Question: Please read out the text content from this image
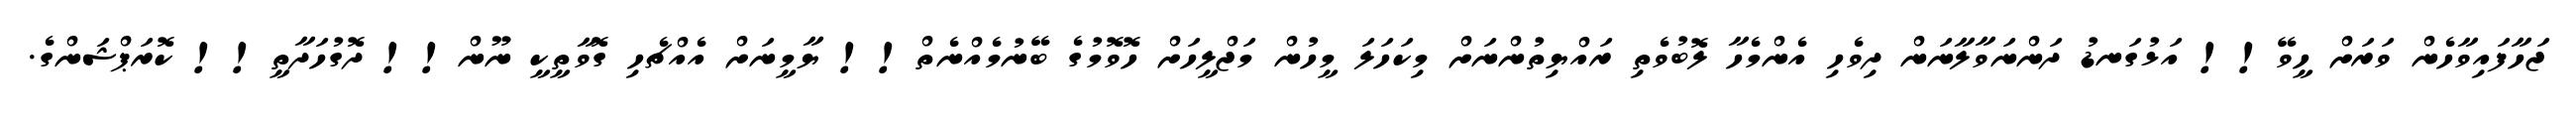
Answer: ޖަހާފައިވާހެން ވަރަށް ހީވޭ!! އަޅުގަނޑު ދަންނަވާލާނަން ދިވެހި އެންމެހާ ލޮބުވެތި ރައްޔިތުންނަށް މިކަހަލަ މީހުން މަޖްލީހަށް ހޮވޮމުގެ ބޭނުމެއްނެތް!! ޔާމީނަށް އެއްޗެހި ގޮވާތީކީ ނޫން!! ދޮގުހަދާތީ!! ކޮރަޕްޝަންގެ.